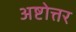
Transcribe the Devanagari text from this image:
अष्टोत्तर